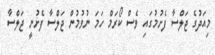
މިއަދުގެ ޖަލްސާ ފެށުމުގައި ވެސް ކޯރަމް ހަމަ ނުވުމުން ޖަލްސާ ފެށުނީ ޖަލްސާ